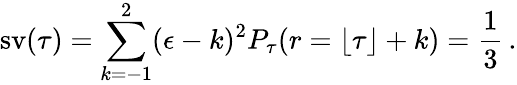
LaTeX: \operatorname{sv}(\tau)=\sum_{k=-1}^{2}(\epsilon-k)^{2}P_{\tau}(r=\lfloor\tau\rfloor+k)=\frac 13\, .